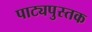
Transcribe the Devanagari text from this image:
पाट्यपुस्तक